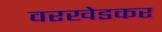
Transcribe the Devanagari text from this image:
वरखेडकर